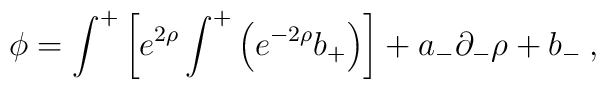
\phi=\int^+ \left[ e^{2\rho}\int^+\left(e^{-2\rho}b_+\right)\right]+a_-\partial_-\rho+b_-\>,